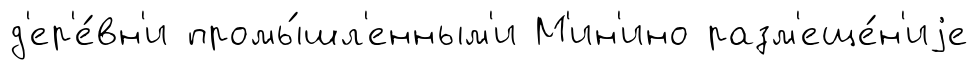
д'ер'е́вн'и промы́шл'енным'и М'ин'ино разм'еще́н'иjе